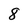
Character: 8